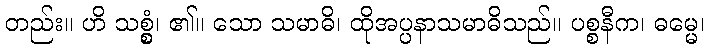
တည်း။ ဟိ သစ္စွံ၊ ၏။ သော သမာဓိ၊ ထိုအပ္ပနာသမာဓိသည်။ ပစ္စနီက၊ ဓမ္မေ၊